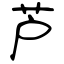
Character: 芦